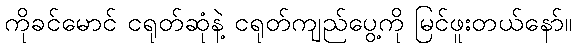
ကိုခင်မောင် ငရုတ်ဆုံနဲ့ ငရုတ်ကျည်ပွေ့ကို မြင်ဖူးတယ်နော်။